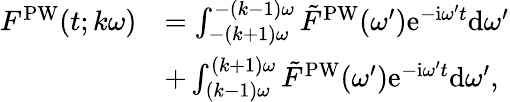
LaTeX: \begin{array}{rl}{F^{\mathrm{PW}}(t;k\omega)}&{=\int_{-(k+1)\omega}^{-(k-1)\omega}\tilde{F}^{\mathrm{PW}}(\omega^{\prime})\mathrm{e}^{-\mathrm{i}\omega^{\prime}t}\mathrm{d}\omega^{\prime}}\\ &{+\int_{(k-1)\omega}^{(k+1)\omega}\tilde{F}^{\mathrm{PW}}(\omega^{\prime})\mathrm{e}^{-\mathrm{i}\omega^{\prime}t}\mathrm{d}\omega^{\prime},}\end{array}